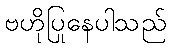
ဗဟိုပြုနေပါသည်